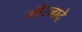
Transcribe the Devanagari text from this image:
मीरजादे